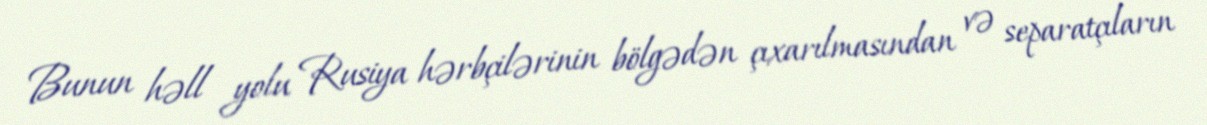
Bunun həll yolu Rusiya hərbçilərinin bölgədən çıxarılmasından və separatçıların